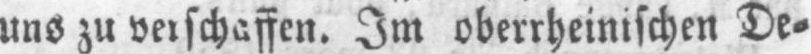
uns zu verschaffen. Im oberrheinischen De⸗